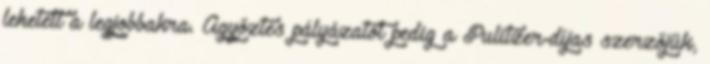
lehetett a legjobbakra. Agyőztes pályázatot pedig a Pulitzer-díjas szerzőjük,